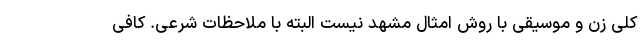
کلی زن و موسیقی با روش امثال مشهد نیست البته با ملاحظات شرعی. کافی